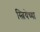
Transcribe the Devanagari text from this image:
स्त्रियेच्या